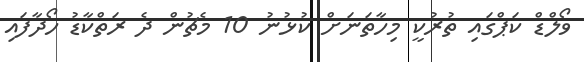
ވޯލްޑް ކަޕްގައި ތުރުކީ މިހާތަނަށް ކުޅުނު 10 މެޗުން ދެ ރަތްކާޑު ހޯދާފައި